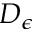
D _ { \epsilon }